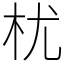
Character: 𣏞